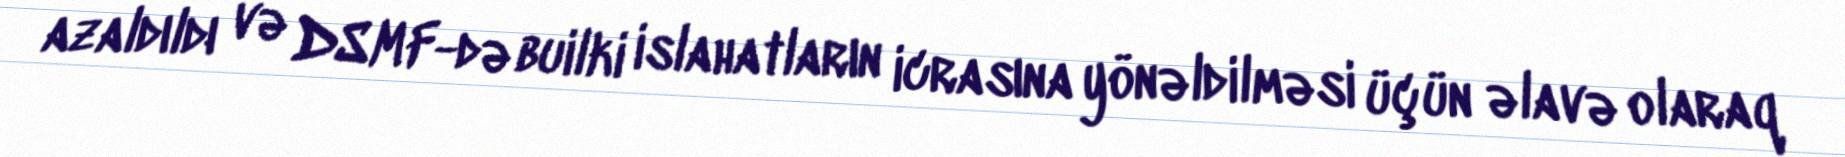
azaldıldı və DSMF-də builki islahatların icrasına yönəldilməsi üçün əlavə olaraq